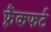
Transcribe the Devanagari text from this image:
फ़्रैंकफर्ट